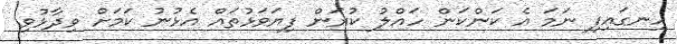
ހިނގައިފި ނަމަ އެ ކަންކަން ހައްލު ކުރަން ފިޔަވަޅުތައް އެޅުނު ކަމަށް ވިދާޅުވި